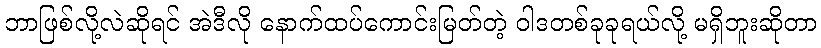
ဘာဖြစ်လို့လဲဆိုရင် အဲဒီလို နောက်ထပ်ကောင်းမြတ်တဲ့ ဝါဒတစ်ခုခုရယ်လို့ မရှိဘူးဆိုတာ